Medical and sanitary report of the native army of Bengal for the year
Year: 1877
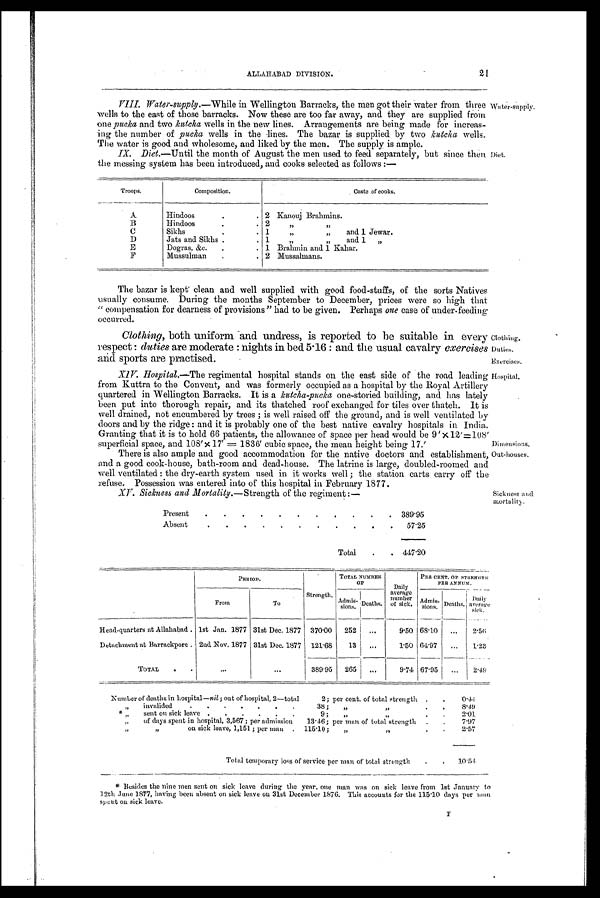
21
ALLAHABAD DIVISION.
VIII. Water-supply.—While in Wellington Barracks, the men got their Water from three
wells to the east of those barracks. Now these are too far away, and they are supplied from
one pucka and two Kutcha wells in the new lines. Arrangements are being made for increas-
ing the number of pucka wells in the lines. The bazar is supplied by two kutcha wells.
The water is good and wholesome, and liked by the men. The supply is ample.
IX. Diet.—Until the month of August the men used to feed separately, but since then
the messing system has been introduced, and cooks selected as follows :—
Troops.
Composition.
Caste of cooks
A
Hindoos
2 Kanouj Brahmins
B
Hindoos
2 ”
”
C
Sikhs
1 ” ” and 1 Jawar.
D
Jats and Sikhs
1 ”
” and 1 ”
E
Dogras, &c
1 Brahimin and 1 Kahar.
F
Mussulman
2 Mussalmans.
The bazar is kept clean and well supplied with good food-stuffs, of the sorts Natives
usually consume. During the months September to December, prices were so high that
" compensation for dearness of provisions" had to be given. Perhaps one case of under-feeding.
occurred.
Clothing, both uniform and undress, is reported to be suitable in every
respect : duties are moderate : nights in bed 5 . 16: and the usual cavalry exercises
arid sports are practised.
XIV. Hospital.—The regimental hospital stands on the east side of the road leading
from Kuttra to the Convent, and was formerly occupied as a hospital by the Royal Artillery
quartered in Wellington Barracks. It is a kutcha-pucka one-storied building, and has lately
been put into thorough repair, and its thatched roof exchanged for tiles over thatch. It is
well drained, not encumbered by trees ; is well raised off the ground, and is well ventilated by
doors and by the ridge : and it is probably one of the best native cavalry hospitals in India,
Granting that it is to hold 66 patients, the allowance of space per head would be 9' x12'=108'
superficial space, and 108'x 17' =1836' cubic space, the mean height being 17.'
There is also ample and good accommodation for the native doctors and establishment,
and a good cook-house, bath-room and dead-house. The latrine is large, doubled-roomed and
well ventilated : the dry-earth system used in it works well ; the station carts carry off the
refuse. Possession was entered into of this hospital in February 1877.
XV. Sickness and Mortality.—Strength of the regiment :—
Present
389.95
Absent
57.25
Total
4 4 7 . 2 0
Water-supply.
Diet.
Clothing.
Duties.
Exercises.
Hospital.
Dimensions.
Out-houses.
Sickness mid.
mortali ty
PERIOD.
strength.
TOTAL NUMBER
OF
D a i l y a v e r a g e n u m b e r o f s i c k .
P E R C E N T . O F S T R E N G T H P E R A N N U M
From
T o
A
d m i s s i o n
Deaths.
Admis-
sions.
Deaths.
D a i l y
a v e r a g e s i c k .
Head-quarters at Allahabad.1st Jan.1877 31st Dec.1877
3 7 0 . 0 0
2 5 2
...
9 . 5 0
6 8 . 1 0
...
2.56
Detachment at Barrackpore.2nd Nov. 1877
31st Dec.1877
1 2 1 . 6 8
1 3
...
1 . 5 0
6 4 . 9 7
...
1.23
T O T A L
...
...
3 9 8 . 9 5
2 6 5
...
9 . 7 4
6 7 . 9 5
...
2.49
Number of deaths in hospital—nil; out of hospital, 2—total
2; per cent, of total strength ,
.
'0.4•1
per cent of total strength
0 . 4 4
„
invalided
” 3 8 ;
”
”
8 . 4 9
”
sent on sick leave
9; ”
””
”
2 . 0 1
„
of days spent in hospital, 3,567 ; per admission.
13.46 per man of total strength
7.97
,,
on sick leave, 1,151 ; per man 115.10; ”
”
2 . 5 7
Total temporary loss of service per man of total strength
1 0 . 5 4
Besides the nine men sent on sick leave during the year, one man was on sick leave from 1st January to
12th June 1877, having been absent on sick leave on 31st December 1876. This accounts for the 115-10 days per man
spent on sick leave.
F